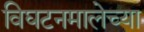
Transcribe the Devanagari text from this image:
विघटनमालेच्या